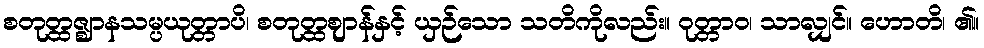
စတုတ္ထဇ္ဈာနသမ္ပယုတ္တာပိ၊ စတုတ္ထဈာန်နှင့် ယှဉ်သော သတိကိုလည်း။ ဝုတ္တာဝ၊ သာလျှင်။ ဟောတိ၊ ၏။